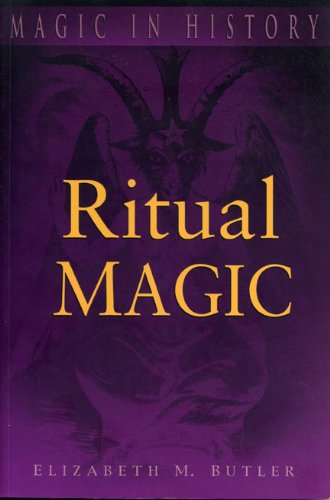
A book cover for Ritual Magic (Magic in History); Elizabeth M. Butler; Religion & Spirituality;